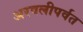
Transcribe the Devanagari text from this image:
अरवलीपर्वत